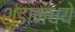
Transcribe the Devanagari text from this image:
शुंडामध्ये